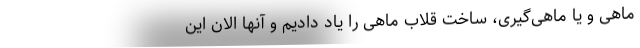
ماهی و یا ماهی‌گیری، ساخت قلاب ماهی را یاد دادیم و آنها الان این